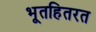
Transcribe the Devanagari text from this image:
भूतहितरत